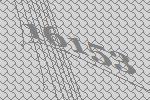
16153